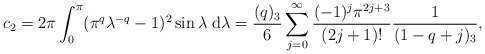
\begin{align*}c_2 = 2\pi \int_0^\pi (\pi^q \lambda^{-q} -1)^2 \sin \lambda {\;\rm d}\lambda = \frac{(q)_3}{6} \sum_{j=0}^\infty \frac{(-1)^j \pi^{2j+3}}{(2j+1)!} \frac{1}{(1-q+j)_3}, \end{align*}